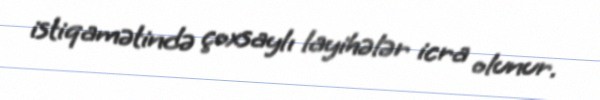
istiqamətində çoxsaylı layihələr icra olunur.